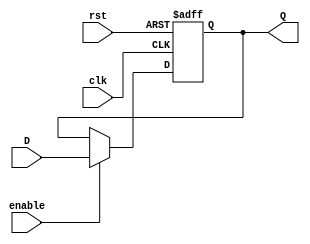
`timescale 1ns / 1ps

module d_ff_en	# (parameter W = 32)
(
input wire clk, //system clock
input wire rst, //system reset
input wire enable, //load signal
input wire [W-1:0] D, //input signal
output reg [W-1:0] Q //output signal
);
always @(posedge clk,posedge rst)
begin
    if(rst)
        Q <= 0;
    else if(enable)
        Q <= D;
    else
        Q <= Q;
end
endmodule